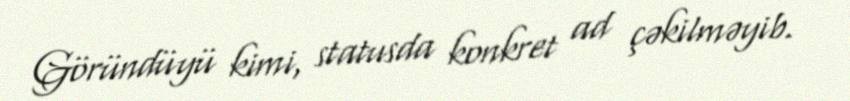
Göründüyü kimi, statusda konkret ad çəkilməyib.